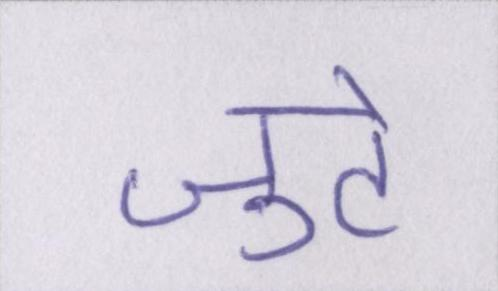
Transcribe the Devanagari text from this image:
जुटे